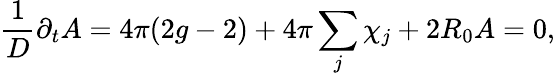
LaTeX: \frac{1}{D}\partial_{t}A=4\pi(2g-2)+4\pi\sum_{j}\chi_{j}+2R_{0}A=0,